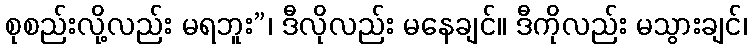
စုစည်းလို့လည်း မရဘူး”၊ ဒီလိုလည်း မနေချင်။ ဒီကိုလည်း မသွားချင်၊